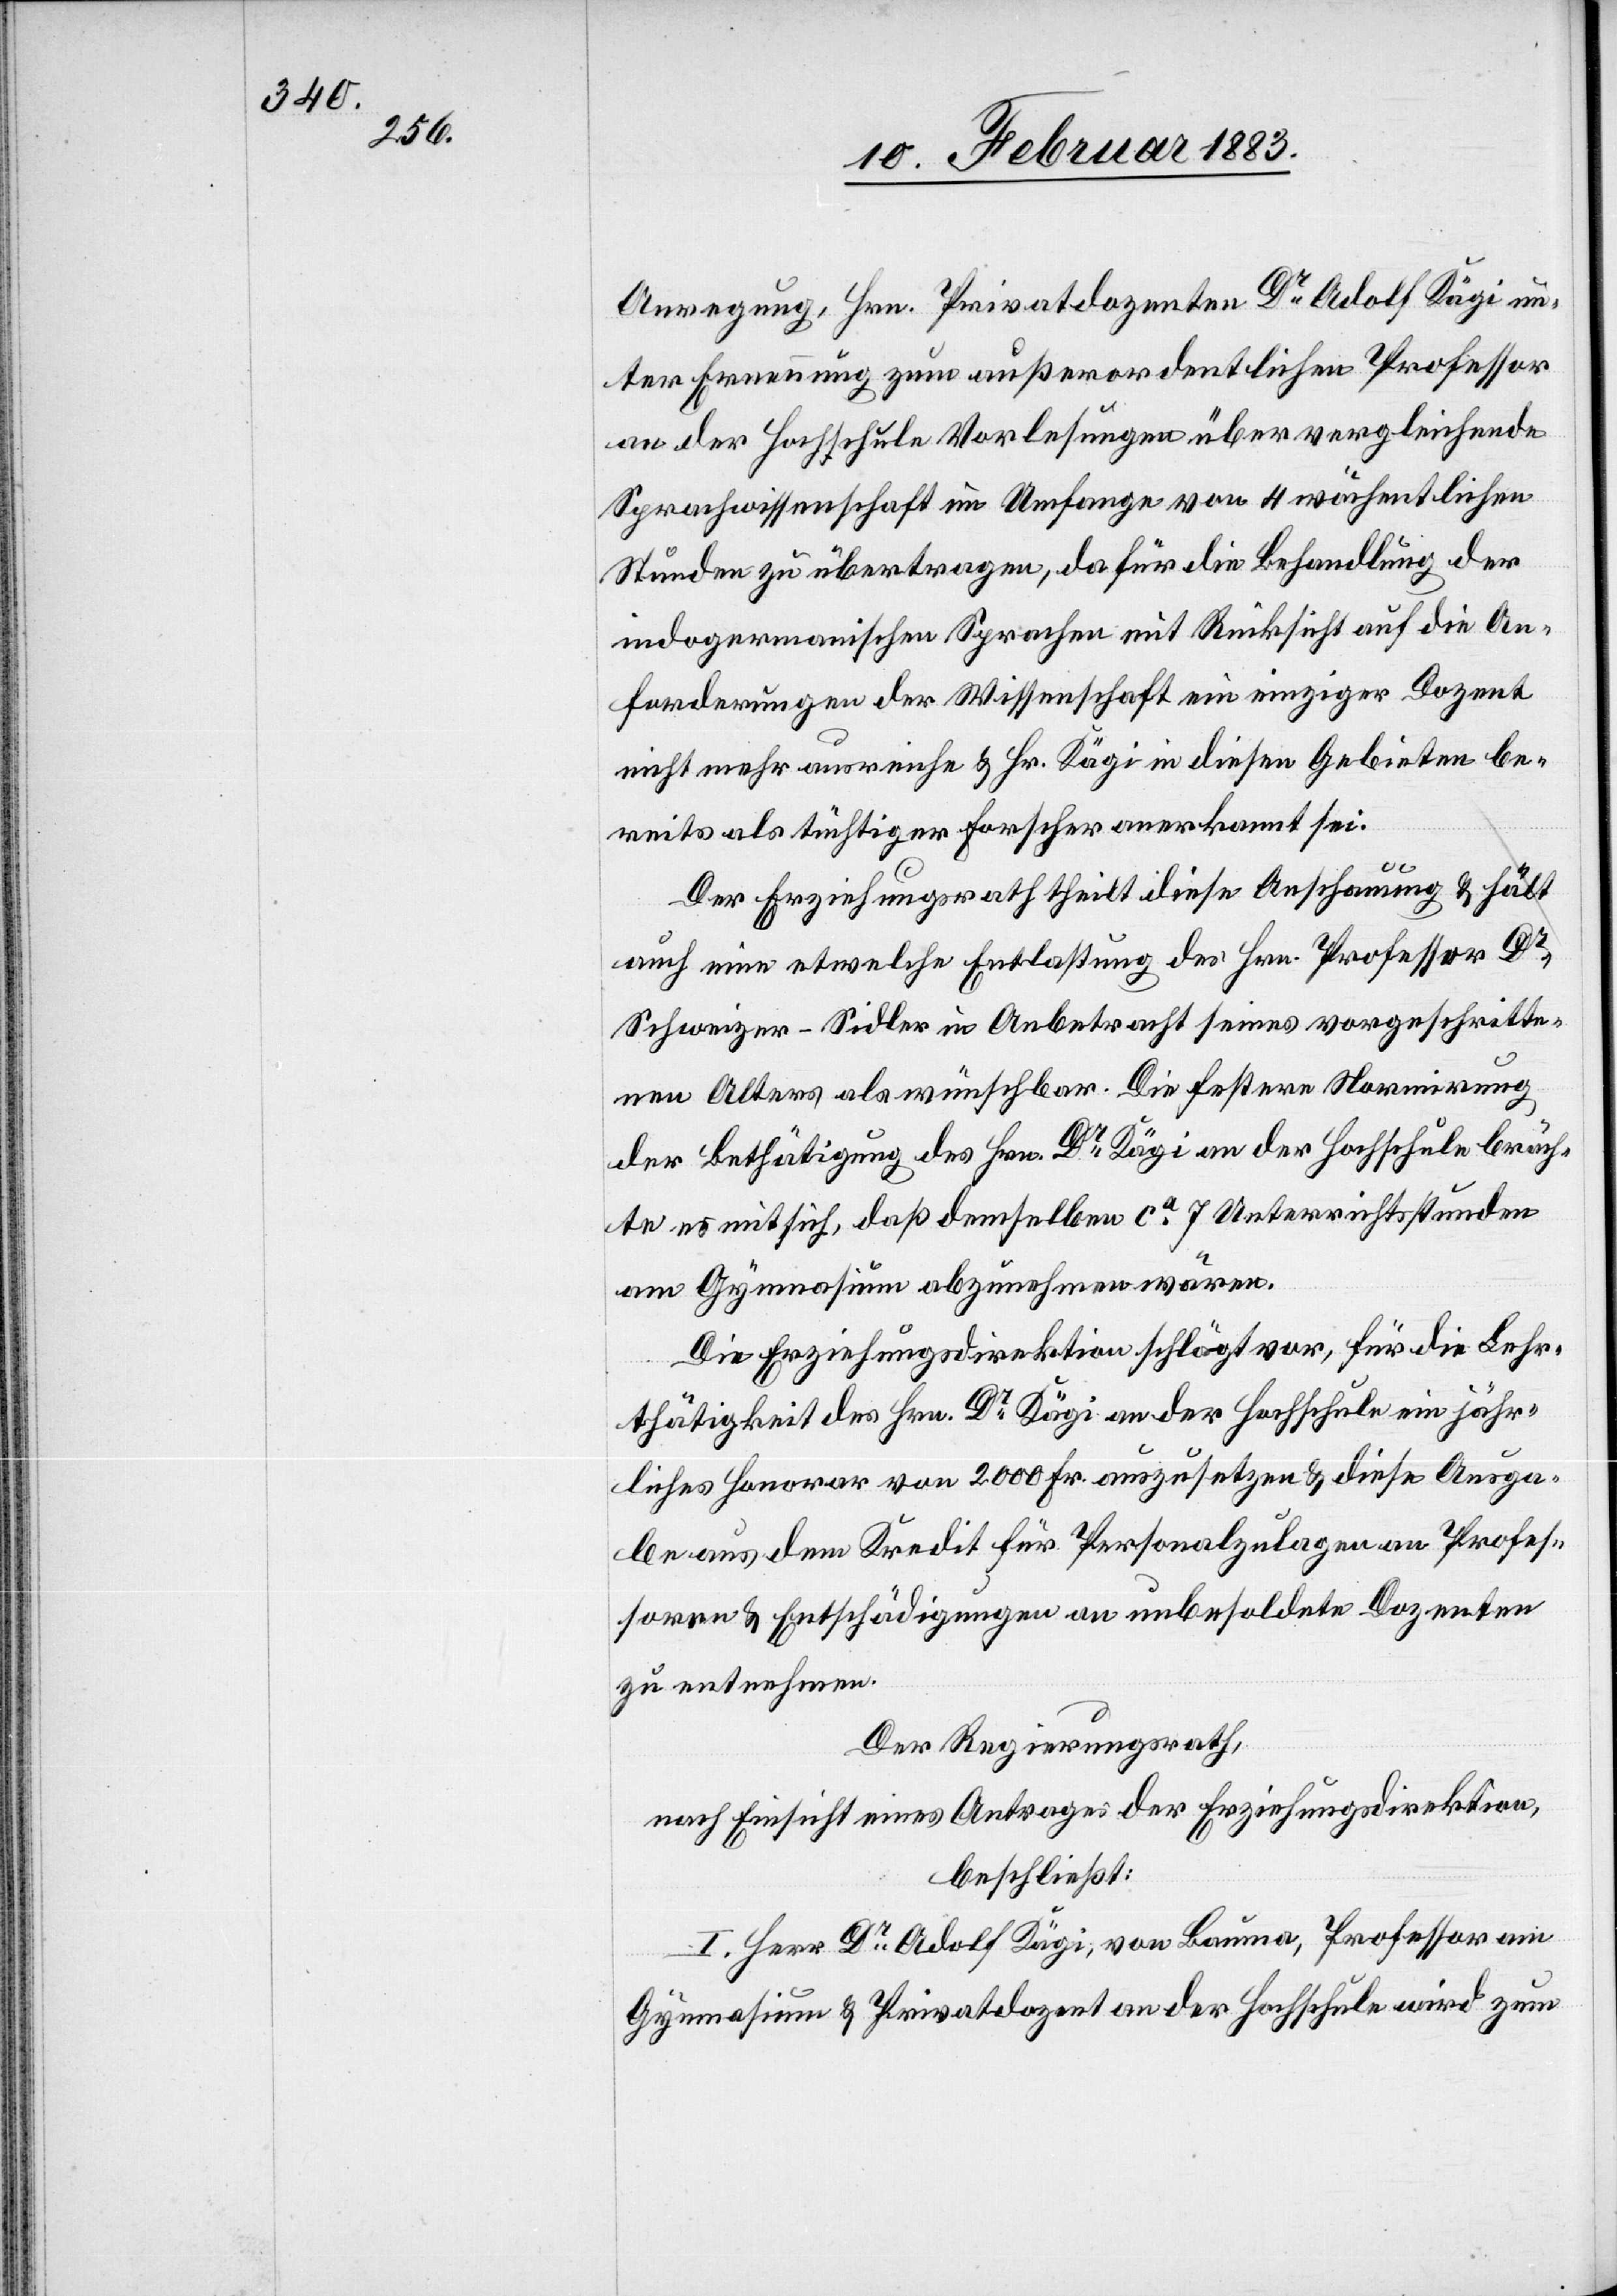
Anregung, Hrn. Privatdozenten Dr Adolf Kägi un¬
ter Ernennung zum außerordentlichen Professor
an der Hochschule Vorlesungen über vergleichende
Sprachwissenschaft im Umfange von 4 wöchentlichen
Stunden zu übertragen, da für die Behandlung der
indogermanischen Sprachen mit Rücksicht auf die An¬
forderungen der Wissenschaft ein einziger Dozent
nicht mehr ausreiche & Hr. Kägi in diesen Gebieten be¬
reits als tüchtiger Forscher anerkannt sei.
Der Erziehungsrath theilt diese Anschauung & hält
auch eine etwelche Entlassung des Hrn. Professor Dr
Schweizer-Sidler in Anbetracht seines vorgeschritte¬
nen Alters als wünschbar. Die festere Normirung
der Bethätigung des Hrn. Dr Kägi an der Hochschule bräch¬
te es mit sich, daß demselben ca 7 Unterrichtsstunden
am Gymnasium abzunehmen wären.
Die Erziehungsdirektion schlägt vor, für die Lehr¬
thätigkeit des Hrn. Dr Kägi an der Hochschule ein jähr¬
liches Honorar von 2000 Fr. auszusetzen & diese Ausga¬
be aus dem Kredit für Personalzulagen an Profes¬
soren & Entschädigungen an unbesoldete Dozenten
zu entnehmen.
Der Regierungsrath,
nach Einsicht eines Antrages der Erziehungsdirektion,
beschließt:
I. Herr Dr Adolf Kägi, von Bauma, Professor am
Gymnasium & Privatdozent an der Hochschule wird zum